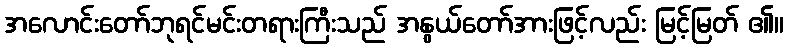
အလောင်းတော်ဘုရင်မင်းတရားကြီးသည် အနွယ်တော်အားဖြင့်လည်း မြင့်မြတ် ၏။